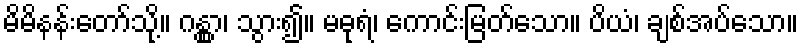
မိမိနန်းတော်သို့။ ဂန္တွာ၊ သွား၍။ မဓုရံ၊ ကောင်းမြတ်သော။ ပိယံ၊ ချစ်အပ်သော။